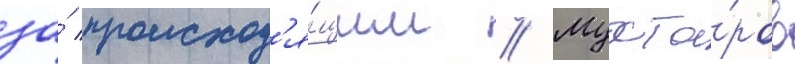
за́ происход'я́щим // Мухта́ров